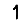
Digit: 1